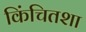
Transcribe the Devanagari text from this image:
किंचितशा